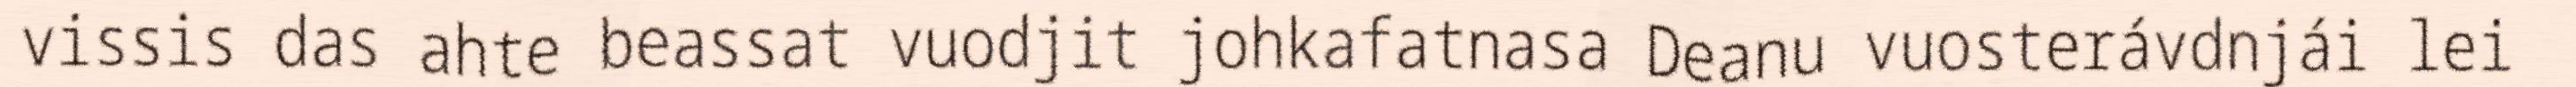
vissis das ahte beassat vuodjit johkafatnasa Deanu vuosterávdnjái lei